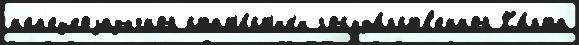
н'ем'ецкоjазычной стат'и́ст'ик'и госуда́рств'енной Ка́рта